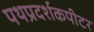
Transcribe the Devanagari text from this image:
पथप्रदर्शकपीटर